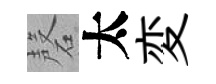
磬太変